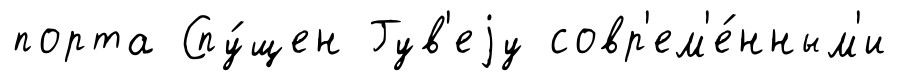
порта Спу́щен Гув'еjу совр'ем'е́нным'и